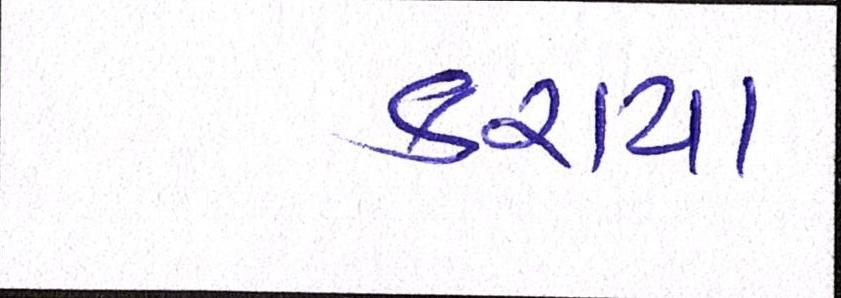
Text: કરાયા